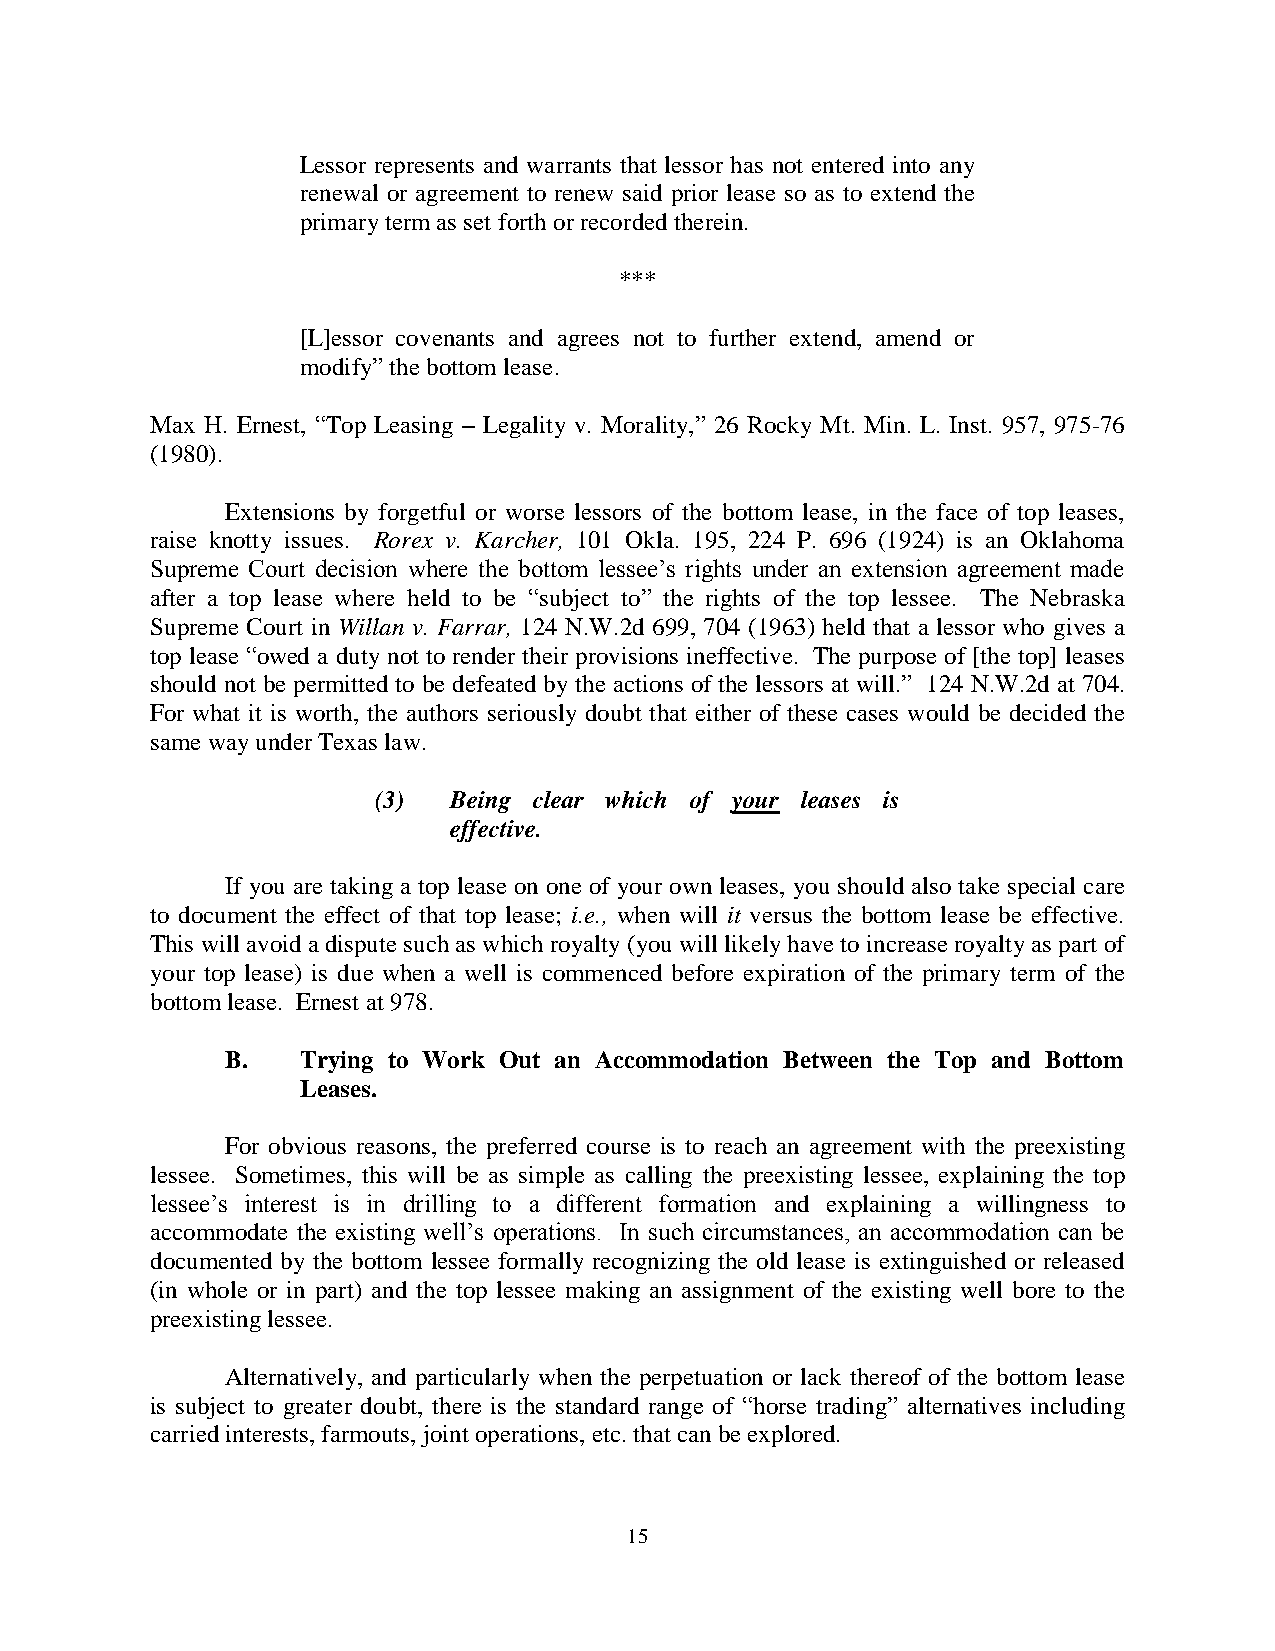
Lessor represents and warrants that lessor has not entered into any
 renewal or agreement to renew said prior lease so as to extend the
 primary term as set forth or recorded therein.
 ***
 [L]essor covenants and agrees not to further extend, amend or
 modify‖ the bottom lease.
 Max H. Ernest, ―Top Leasing – Legality v. Morality,‖ 26 Rocky Mt. Min. L. Inst. 957, 975-76
 (1980).
 Extensions by forgetful or worse lessors of the bottom lease, in the face of top leases,
 raise knotty issues. Rorex v. Karcher, 101 Okla. 195, 224 P. 696 (1924) is an Oklahoma
 Supreme Court decision where the bottom lessee‘s rights under an extension agreement made
 after a top lease where held to be ―subject to‖ the rights of the top lessee. The Nebraska
 Supreme Court in Willan v. Farrar, 124 N.W.2d 699, 704 (1963) held that a lessor who gives a
 top lease ―owed a duty not to render their provisions ineffective. The purpose of [the top] leases
 should not be permitted to be defeated by the actions of the lessors at will.‖ 124 N.W.2d at 704.
 For what it is worth, the authors seriously doubt that either of these cases would be decided the
 same way under Texas law.
 (3)  Being clear which of your leases is
 effective.
 If you are taking a top lease on one of your own leases, you should also take special care
 to document the effect of that top lease; i.e., when will it versus the bottom lease be effective.
 This will avoid a dispute such as which royalty (you will likely have to increase royalty as part of
 your top lease) is due when a well is commenced before expiration of the primary term of the
 bottom lease. Ernest at 978.
 B.   Trying to Work Out an Accommodation Between the Top and Bottom
 Leases.
 For obvious reasons, the preferred course is to reach an agreement with the preexisting
 lessee. Sometimes, this will be as simple as calling the preexisting lessee, explaining the top
 lessee‘s interest is in drilling to a different formation and explaining a willingness to
 accommodate the existing well‘s operations. In such circumstances, an accommodation can be
 documented by the bottom lessee formally recognizing the old lease is extinguished or released
 (in whole or in part) and the top lessee making an assignment of the existing well bore to the
 preexisting lessee.
 Alternatively, and particularly when the perpetuation or lack thereof of the bottom lease
 is subject to greater doubt, there is the standard range of ―horse trading‖ alternatives including
 carried interests, farmouts, joint operations, etc. that can be explored.
 15